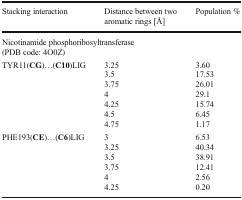
| Stacking interaction | Distance between twoaromatic rings [Å] | Population % |
 | --- | --- | --- |
 | <COLSPAN=3> Nicotinamide phosphoribosyltransferase(PDB code: 4O0Z) |
 | TYR11(CG)...(C10)LIG | 3.253.53.7544.254.54.75 | 3.6017.5326.0129.115.746.451.17 |
 | PHE193(CE)...(C6)LIG | 33.253.53.7544.25 | 6.5340.3438.9112.412.560.20 |